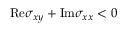
\mathrm { R e } \sigma _ { x y } + \mathrm { I m } \sigma _ { x x } < 0